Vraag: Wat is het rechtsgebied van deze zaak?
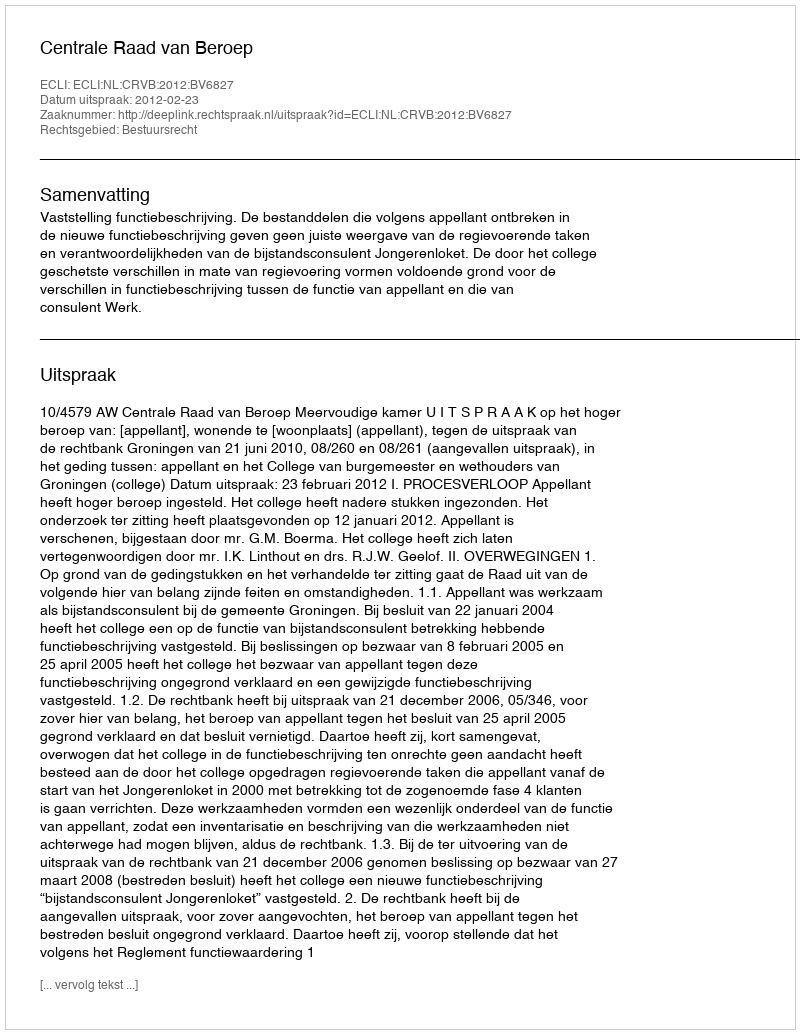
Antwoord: Bestuursrecht